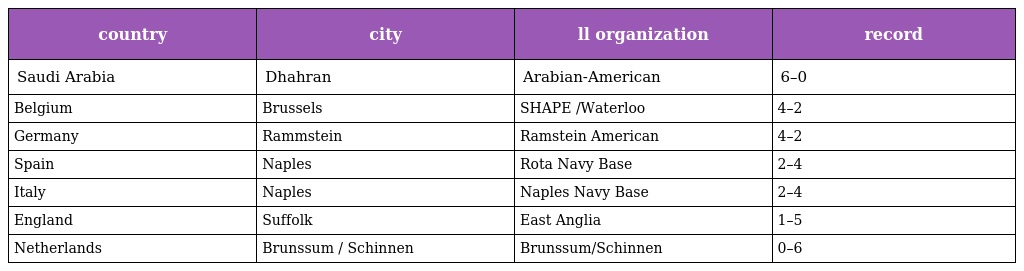
| country | city | ll organization | record |
 | --- | --- | --- | --- |
 | Saudi Arabia | Dhahran | Arabian-American | 6–0 |
 | Belgium | Brussels | SHAPE /Waterloo | 4–2 |
 | Germany | Rammstein | Ramstein American | 4–2 |
 | Spain | Naples | Rota Navy Base | 2–4 |
 | Italy | Naples | Naples Navy Base | 2–4 |
 | England | Suffolk | East Anglia | 1–5 |
 | Netherlands | Brunssum / Schinnen | Brunssum/Schinnen | 0–6 |